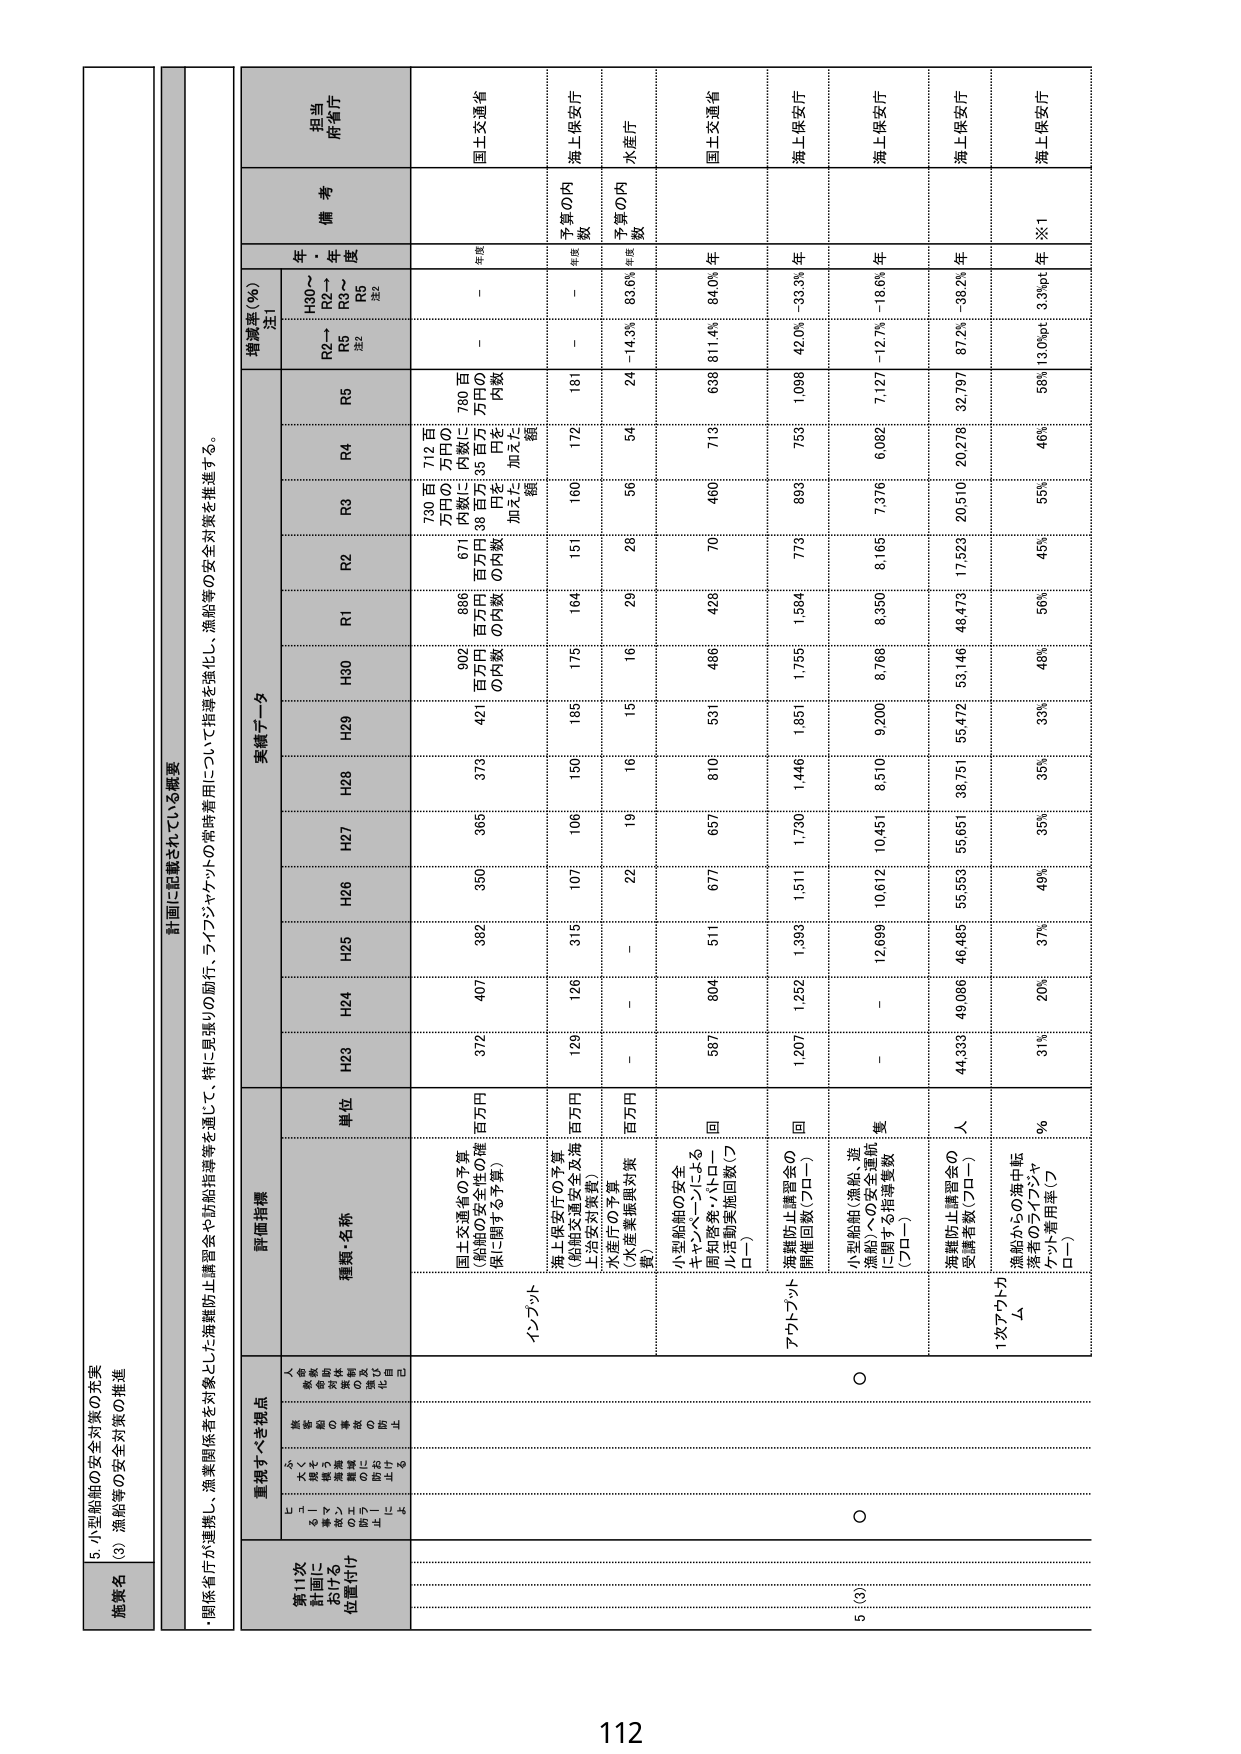
5. 小型船舶の安全対策の充実
(3) 漁船等の安全対策の推進

施策名
関係省庁が連携し、漁業関係者を対象とした海難防止講習会や船舶指導等を通じて、特に見張りの励行、ラインジャケットの常時着用について指導を強化し、漁船等の安全対策を推進する。

計画に記載されている概要

第11次
計画における
位置付け
重視すべき視点
（安全対策の充実、
漁業関係者の意識向上、
漁業の持続可能性の確保、
漁業の安定化、
漁業の活性化）

評価指標
実績データ
増減率（％）
注1
備考
担当
府省庁

種類・名称
単位
H23
H24
H25
H26
H27
H28
H29
H30
R1
R2
R3
R4
R5
H30～
R2→
R5
注2
R2～
R3～
R5
注2
年
度

インプット
国土交通省の予算
（船舶の安全性の確保に関する予算）
百万円
372
407
382
350
365
373
421
902
886
671
730 百万円の内数に加えた額
712 百万円の内数に加えた額
38 百万円の内数に加えた額
780 百万円の内数に加えた額
－
年額
国土交通省

海上保安庁の予算
（船舶交通安全及海上治安対策費）
百万円
129
126
315
107
106
150
185
175
164
151
160
172
181
－
年額
海上保安庁

水産庁の予算
（水産業振興対策費）
百万円
－
－
－
22
19
16
15
16
29
26
56
54
24
－14.3%
83.6%
年度
水産庁

アウトプット
小型船舶の安全
キャンペーンによる
周知啓発・パトロール
実施動員実施回数（プロト）
回
587
804
511
677
657
810
531
486
428
70
460
713
638
811.4%
84.0%
年
国土交通省

海難防止講習会の
開催回数（プロト）
回
1,207
1,292
1,393
1,511
1,730
1,446
1,851
1,755
1,534
779
893
759
1,098
42.0%
－33.3%
年
海上保安庁

小型船舶（漁船、遊漁船）への安全講師に関する指導実数（プロト）
回
－
－
12,699
10,612
10,451
8,510
9,200
8,766
8,350
8,169
7,376
6,082
7,127
－12.7%
－18.6%
年
海上保安庁

海難防止講習会の
受講者数（プロト）
人
44,333
49,086
46,485
55,553
53,651
38,751
53,472
53,146
49,473
17,523
20,510
20,276
32,797
87.2%
－38.2%
年
海上保安庁

1次アウトプット
漁船からの海中監視のラインジャケット着用率（プロト）
％
31%
20%
37%
49%
35%
35%
33%
48%
56%
45%
55%
46%
58%
13.0%pt
3.3%pt
年
※1
海上保安庁

112